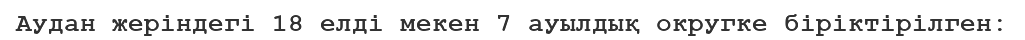
Аудан жеріндегі 18 елді мекен 7 ауылдық округке біріктірілген: